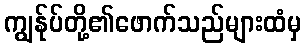
ကျွန်ုပ်တို့၏ဖောက်သည်များထံမှ